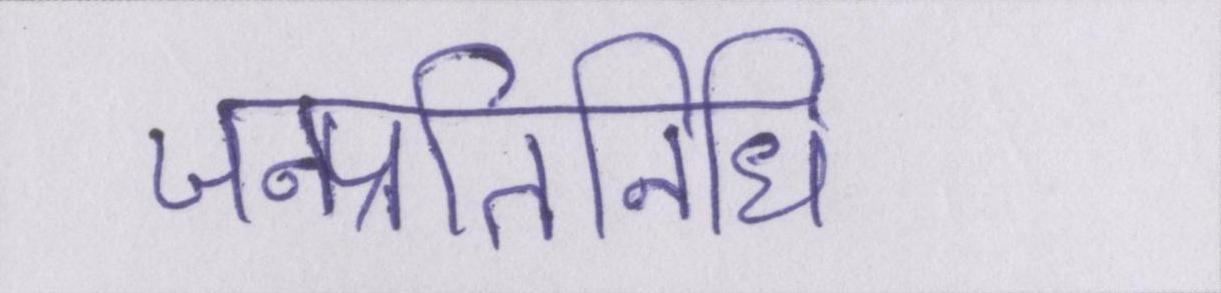
जनप्रतिनिधि